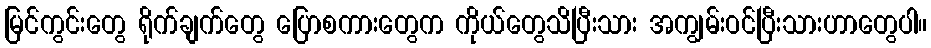
မြင်ကွင်းတွေ ရိုက်ချက်တွေ ပြောစကားတွေက ကိုယ်တွေသိပြီးသား အကျွမ်းဝင်ပြီးသားဟာတွေပါ။